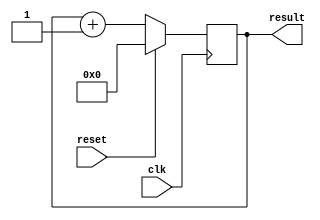
`timescale 1ns / 1ps
    /////////////////////////////////////////////////////////////
   // Rapid Silicon Raptor Example Design                      //
  // counter_verilog                                           //
 // counter.v - Top-level file of paramatizable 32-bit counter //
/////////////////////////////////////////////////////////////////

module counter #(
  parameter counter_width = 32
) (
  input clk,
  input reset,
  output reg [counter_width-1:0] result = {counter_width{1'b0}}
);

  always @(posedge clk)
    if (reset) 
      result = {counter_width{1'b0}};		
    else 
      result = result + 1'b1;

endmodule